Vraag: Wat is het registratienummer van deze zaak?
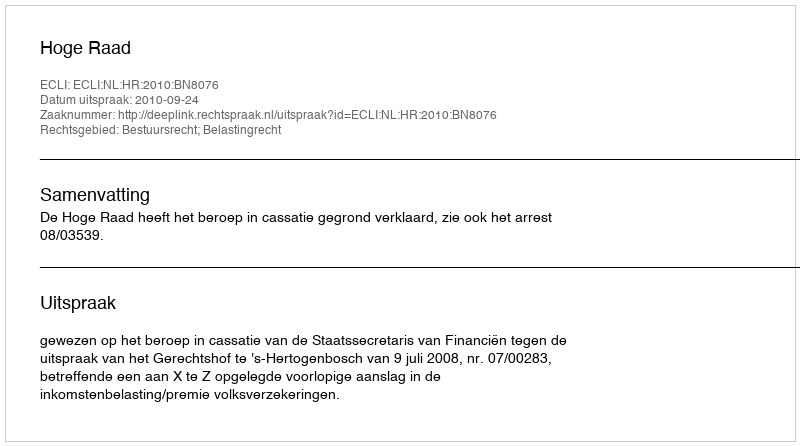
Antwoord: http://deeplink.rechtspraak.nl/uitspraak?id=ECLI:NL:HR:2010:BN8076